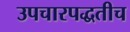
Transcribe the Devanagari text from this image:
उपचारपद्धतीच